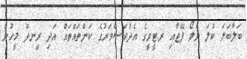
ބަލާބަލަ ކުލަ ޔެލޯ ޕޭޖާއި ރ.ޓީވީގެ އެދުވަސްވަރުގެ ކަންތައްތައް އަދި ރީނދޫ މީހުން